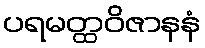
ပရမတ္ထဝိဇာနနံ